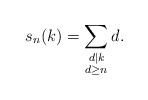
LaTeX: \begin{align*}s_n(k) = \sum_{\substack{d|k \\ d \geq n}} d.\end{align*}